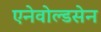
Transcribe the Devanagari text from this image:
एनेवोल्डसेन